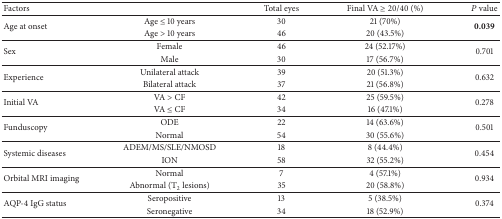
| Factors |  | Total eyes | Final VA ≥ 20/40 (%) | P value |
 | --- | --- | --- | --- | --- |
 | <ROWSPAN=2> Age at onset | Age ≤ 10 years | 30 | 21 (70%) | <ROWSPAN=2> 0.039 |
 | Age > 10 years | 46 | 20 (43.5%) |
 | <ROWSPAN=2> Sex | Female | 46 | 24 (52.17%) | <ROWSPAN=2> 0.701 |
 | Male | 30 | 17 (56.7%) |
 | <ROWSPAN=2> Experience | Unilateral attack | 39 | 20 (51.3%) | <ROWSPAN=2> 0.632 |
 | Bilateral attack | 37 | 21 (56.8%) |
 | <ROWSPAN=2> Initial VA | VA > CF | 42 | 25 (59.5%) | <ROWSPAN=2> 0.278 |
 | VA ≤ CF | 34 | 16 (47.1%) |
 | <ROWSPAN=2> Funduscopy | ODE | 22 | 14 (63.6%) | <ROWSPAN=2> 0.501 |
 | Normal | 54 | 30 (55.6%) |
 | <ROWSPAN=2> Systemic diseases | ADEM/MS/SLE/NMOSD | 18 | 8 (44.4%) | <ROWSPAN=2> 0.454 |
 | ION | 58 | 32 (55.2%) |
 | <ROWSPAN=2> Orbital MRI imaging | Normal | 7 | 4 (57.1%) | <ROWSPAN=2> 0.934 |
 | Abnormal (T2 lesions) | 35 | 20 (58.8%) |
 | <ROWSPAN=2> AQP-4 IgG status | Seropositive | 13 | 5 (38.5%) | <ROWSPAN=2> 0.374 |
 | Seronegative | 34 | 18 (52.9%) |